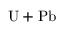
\mathrm { U } + \mathrm { P b }